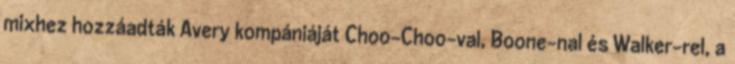
mixhez hozzáadták Avery kompániáját Choo-Choo-val, Boone-nal és Walker-rel, a